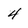
Character: 4